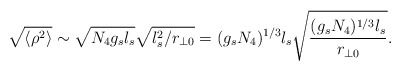
\begin{align*}\sqrt{\langle \rho^2 \rangle } \sim \sqrt{N_4 g_s l_s}\sqrt{l^2_s/r_{\perp 0}} =(g_s N_4)^{1/3} l_s \sqrt{{(g_s N_4)^{1/3} l_s}\over {r_{\perp 0}}}.\end{align*}